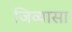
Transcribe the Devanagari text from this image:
जिव्यासा